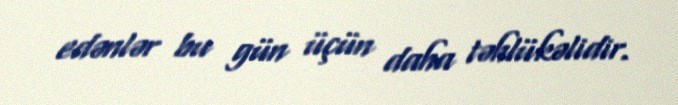
edənlər bu gün üçün daha təhlükəlidir.